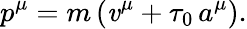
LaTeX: p^{\mu}=m\, (\mathit{v}^{\mu}+\tau_{0}\, a^{\mu}).